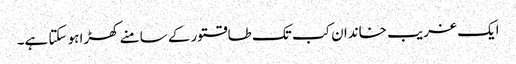
ایک غریب خاندان کب تک طاقتور کے سامنے کھڑا ہو سکتا ہے۔